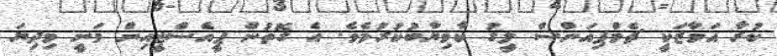
ކުރާ އަމާޒަކީ ޗެމްޕިއަންސް ލީގު ކާމިޔާބުކުރުމެވެ. އެ ގޮތުން ޕީއެސްޖީއިން ވަނީ މިދިޔަ